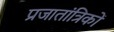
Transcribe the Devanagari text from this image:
प्रजातांत्रिकों